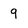
Character: 9